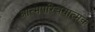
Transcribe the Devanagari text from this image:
आत्मपरिचयात्मक